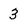
Character: 3